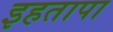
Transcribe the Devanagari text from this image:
इहतापा